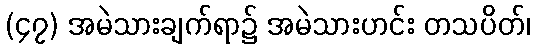
(၄၇) အမဲသားချက်ရာ၌ အမဲသားဟင်း တသပိတ်၊